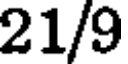
21/9